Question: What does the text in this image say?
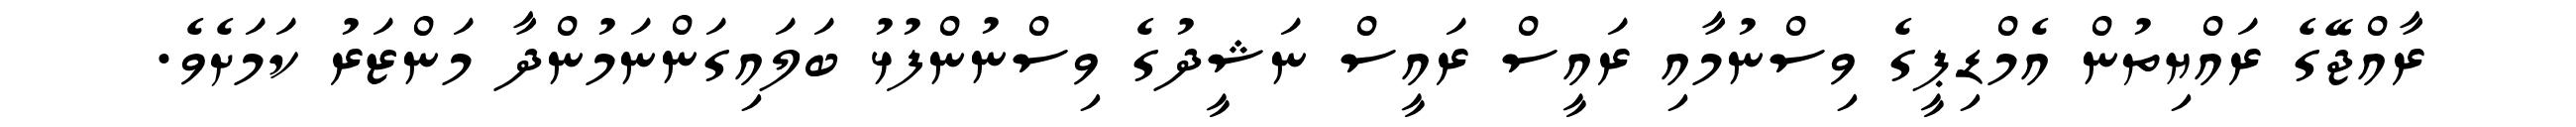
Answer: ރާއްޖޭގެ ރައްޔިތުން އެމްޑިޕީގެ ވިސްނުމާއި ރައީސް ރައީސް ނަޝީދުގެ ވިސްނުންފުޅު ބަލައިގަންނަމުންދާ މަންޒަރު ކަމަށެވެ.